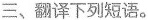
三、翻译下列短语。